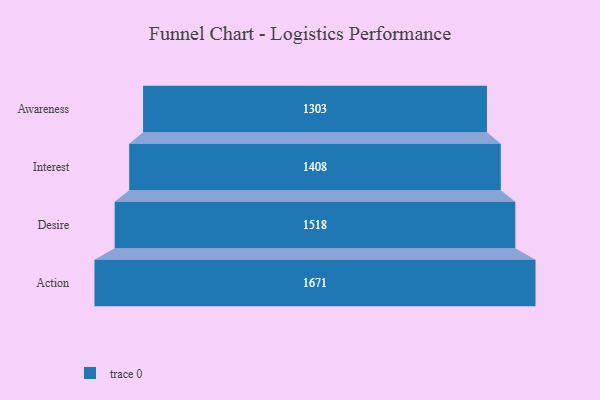
{"axis": {"x": "Stage", "y": "Value"}, "legend": [""], "data": [{"x": "Awareness", "y": 1303.0, "type": ""}, {"x": "Interest", "y": 1408.0, "type": ""}, {"x": "Desire", "y": 1518.0, "type": ""}, {"x": "Action", "y": 1671.0, "type": ""}]}